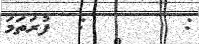
:       :  ފުރަތަމަ